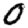
Digit: 0